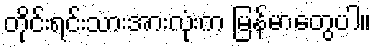
တိုင်းရင်းသားအားလုံးက မြန်မာတွေပါ။